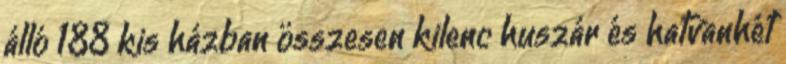
álló 188 kis házban összesen kilenc huszár és hatvanhét